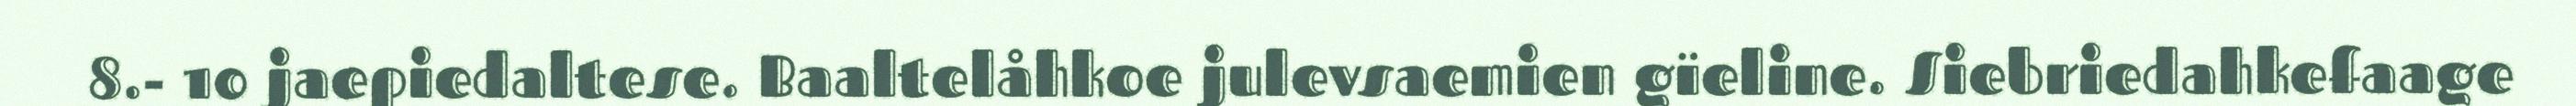
8.- 10 jaepiedaltese. Baaltelåhkoe julevsaemien gïeline. Siebriedahkefaage